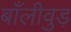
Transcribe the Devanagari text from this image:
बाँलीवुड़